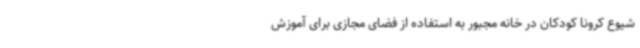
شیوع کرونا کودکان در خانه مجبور به استفاده از فضای مجازی برای آموزش